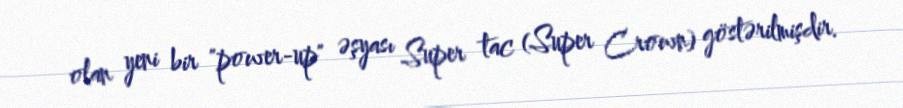
olan yeni bir "power-up" əşyası Super tac (Super Crown) göstərilmişdir.